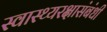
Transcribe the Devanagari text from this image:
स्वास्थ्यरक्षासंबंधी